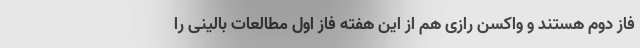
فاز دوم هستند و واکسن رازی هم از این هفته فاز اول مطالعات بالینی را